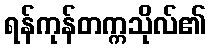
ရန်ကုန်တက္ကသိုလ်၏